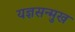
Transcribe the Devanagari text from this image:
यज्ञसन्मुख